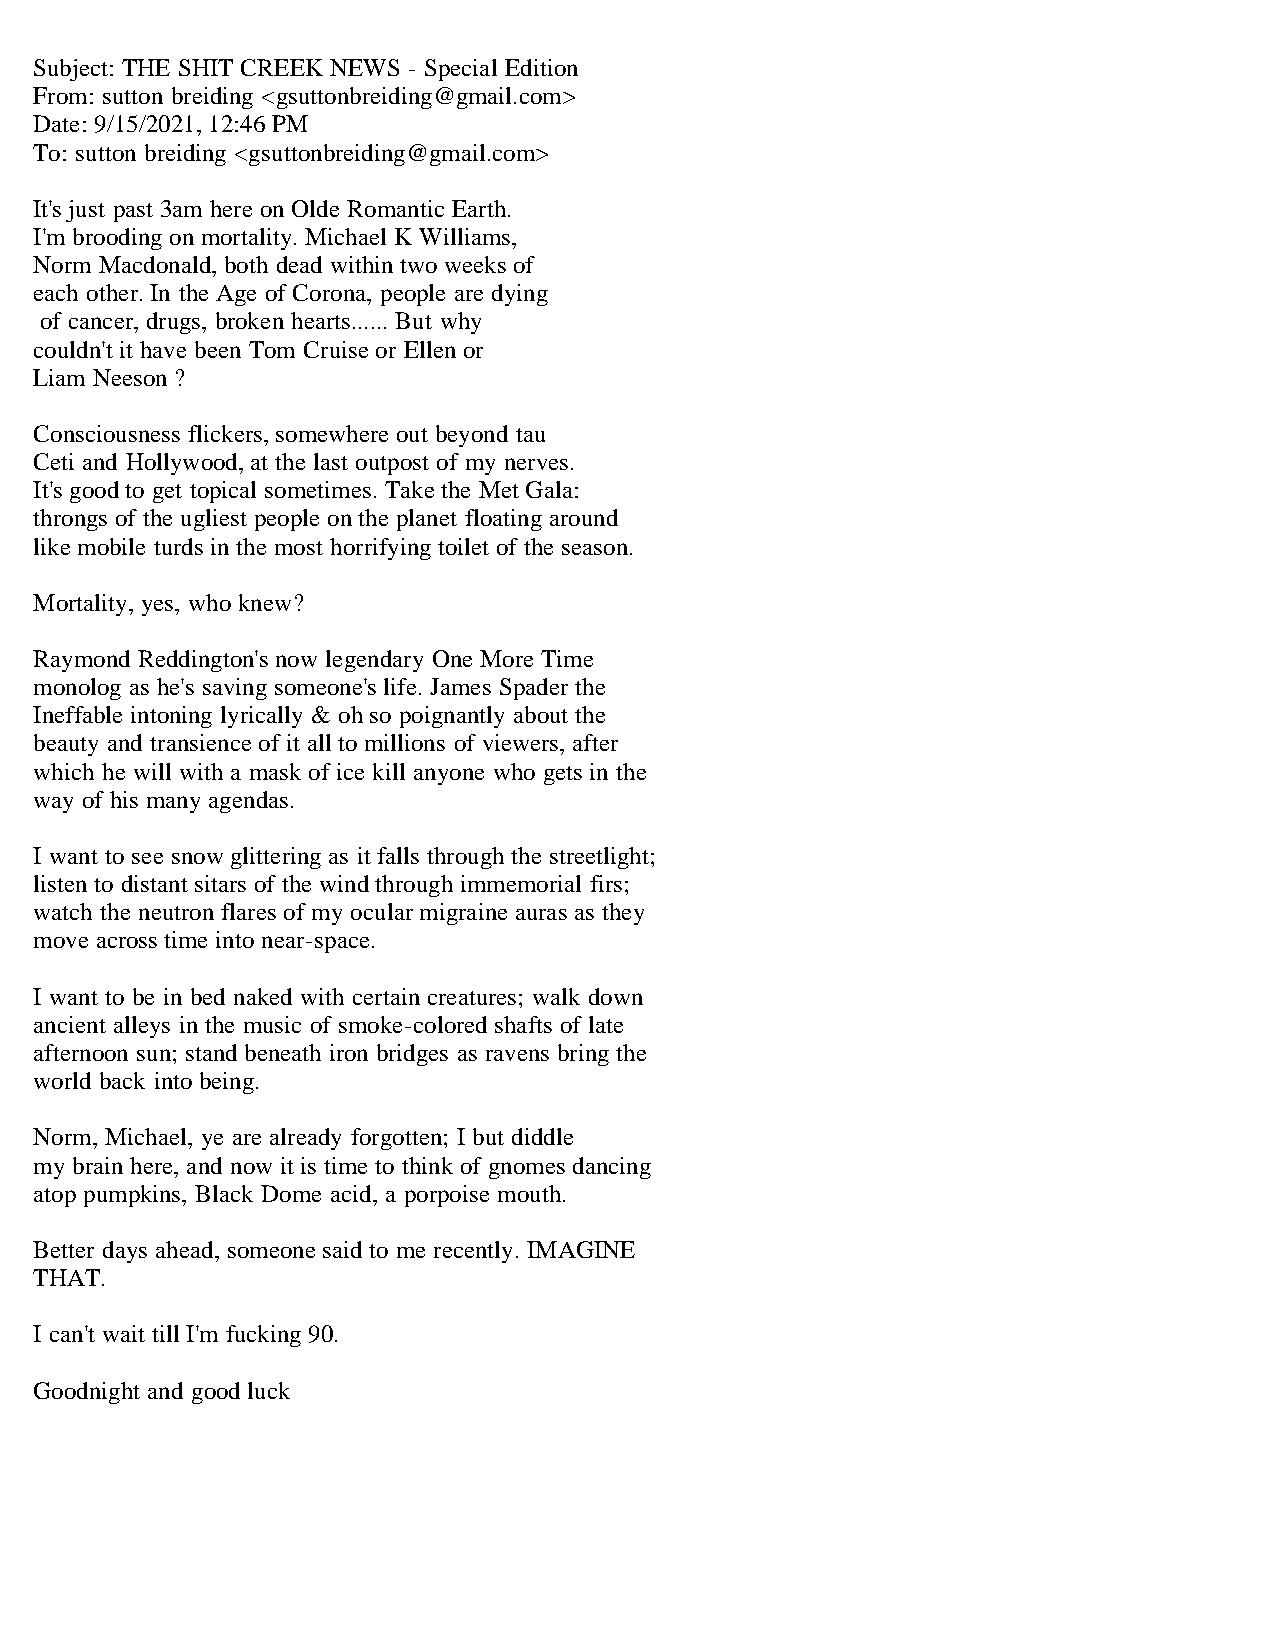
Subject: THE SHIT CREEK NEWS - Special Edition
 From: sutton breiding <gsuttonbreiding@gmail.com>
 Date: 9/15/2021, 12:46 PM
 To: sutton breiding <gsuttonbreiding@gmail.com>
 It's just past 3am here on Olde Romantic Earth.
 I'm brooding on mortality. Michael K Williams,
 Norm Macdonald, both dead within two weeks of
 each other. In the Age of Corona, people are dying
 of cancer, drugs, broken hearts...... But why
 couldn't it have been Tom Cruise or Ellen or
 Liam Neeson ?
 Consciousness flickers, somewhere out beyond tau
 Ceti and Hollywood, at the last outpost of my nerves.
 It's good to get topical sometimes. Take the Met Gala:
 throngs of the ugliest people on the planet floating around
 like mobile turds in the most horrifying toilet of the season.
 Mortality, yes, who knew?
 Raymond Reddington's now legendary One More Time
 monolog as he's saving someone's life. James Spader the
 Ineffable intoning lyrically & oh so poignantly about the
 beauty and transience of it all to millions of viewers, after
 which he will with a mask of ice kill anyone who gets in the
 way of his many agendas.
 I want to see snow glittering as it falls through the streetlight;
 listen to distant sitars of the wind through immemorial firs;
 watch the neutron flares of my ocular migraine auras as they
 move across time into near-space.
 I want to be in bed naked with certain creatures; walk down
 ancient alleys in the music of smoke-colored shafts of late
 afternoon sun; stand beneath iron bridges as ravens bring the
 world back into being.
 Norm, Michael, ye are already forgotten; I but diddle
 my brain here, and now it is time to think of gnomes dancing
 atop pumpkins, Black Dome acid, a porpoise mouth.
 Better days ahead, someone said to me recently. IMAGINE
 THAT.
 I can't wait till I'm fucking 90.
 Goodnight and good luck